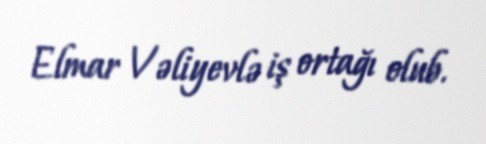
Elmar Vəliyevlə iş ortağı olub.